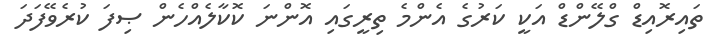
ތައިރޮއިޑް ގްލޭންޑް އަކީ ކަރުގެ އެންމެ ތިރީގައި އޮންނަ ކޮކާލެއްހެން ޞިފަ ކުރެވޭފަދަ